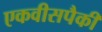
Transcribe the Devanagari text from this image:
एकवीसपैकी